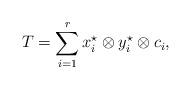
LaTeX: \begin{align*} T = \sum_{i=1}^{r} x_i^\star\otimes y_i^\star\otimes c_i,\end{align*}